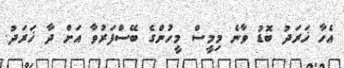
އެހާ ޚަރަދު ބޮޑު ވާނެ މިމީސް މީހުންގެ ބޭސްފަރުވާ އަށް ދާ ޚަރަދު.